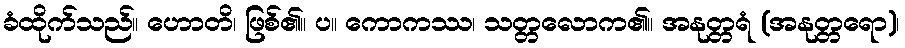
ခံထိုက်သည်။ ဟောတိ၊ ဖြစ်၏။ ပ။ ကောကဿ၊ သတ္တလောက၏။ အနုတ္တရံ (အနုတ္တရော)၊